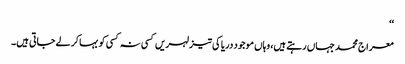
‘‘
معراج محمد جہاں رہتے ہیں، وہاں موجود دریا کی تیز لہریں کسی نہ کسی کو بہاکر لے جاتی ہیں۔